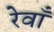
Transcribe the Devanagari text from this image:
रेवाँ